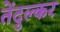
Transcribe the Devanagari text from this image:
तेंदुल्कर